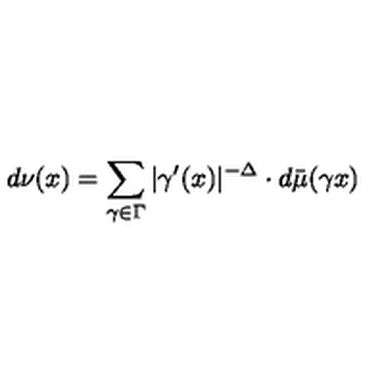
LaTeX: d \nu ( x ) = \sum _ { \gamma \in \Gamma } | \gamma ^ { \prime } ( x ) | ^ { - \Delta } \cdot d \bar { \mu } ( \gamma x )